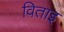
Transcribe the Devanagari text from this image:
विताइ